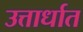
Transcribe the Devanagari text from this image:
उत्तार्धात